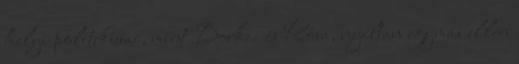
helyi politikusai, mint Borkai és Kósa, nyíltan egymás ellen